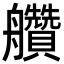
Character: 𦫅